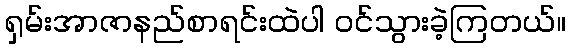
ရှမ်းအာဇာနည်စာရင်းထဲပါ ဝင်သွားခဲ့ကြတယ်။